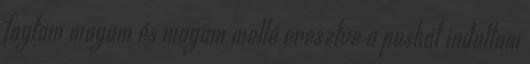
fogtam magam és magam mellé eresztve a puskát indultam